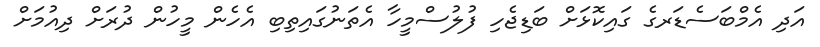
އަދި އެމްބަސެޑަރގެ ގައިކޮޅަށް ބަޑިޖެހި ފުލުސްމީހާ އެތަނުގައިތިބި އެހެން މީހުން ދުރަށް ދިއުމަށް